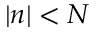
| n | < N